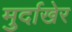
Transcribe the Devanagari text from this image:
मुर्दाखेर